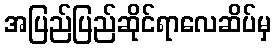
အပြည်ပြည်ဆိုင်ရာလေဆိပ်မှ